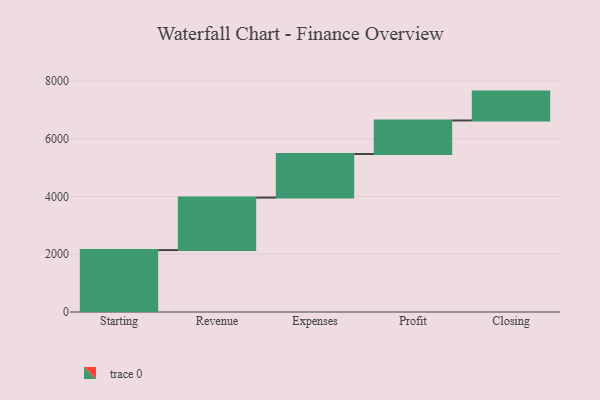
{"axis": {"x": "Step", "y": "Value"}, "legend": [""], "data": [{"x": "Starting", "y": 2146.0, "type": ""}, {"x": "Revenue", "y": 1819.0, "type": ""}, {"x": "Expenses", "y": 1510.0, "type": ""}, {"x": "Profit", "y": 1163.0, "type": ""}, {"x": "Closing", "y": 1000, "type": ""}]}